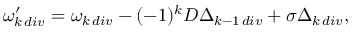
\omega _ { k \, d i v } ^ { \prime } = \omega _ { k \, d i v } - ( - 1 ) ^ { k } D \Delta _ { k - 1 \, d i v } + \sigma \Delta _ { k \, d i v } ,